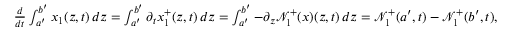
\begin{array} { r } { \frac { d } { d t } \int _ { a ^ { \prime } } ^ { b ^ { \prime } } x _ { 1 } ( z , t ) \, d z = \int _ { a ^ { \prime } } ^ { b ^ { \prime } } \partial _ { t } x _ { 1 } ^ { + } ( z , t ) \, d z = \int _ { a ^ { \prime } } ^ { b ^ { \prime } } - \partial _ { z } \mathcal { N } _ { 1 } ^ { + } ( x ) ( z , t ) \, d z = \mathcal { N } _ { 1 } ^ { + } ( a ^ { \prime } , t ) - \mathcal { N } _ { 1 } ^ { + } ( b ^ { \prime } , t ) , } \end{array}